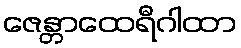
ဇေန္တာထေရီဂါထာ